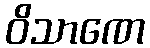
ဝိသာဏေ